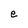
Character: e